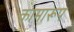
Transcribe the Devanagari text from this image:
कामारूप